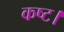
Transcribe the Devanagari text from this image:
कष्ट।